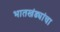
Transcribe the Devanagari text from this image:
भातखंड्यांचा